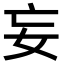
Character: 妄